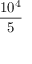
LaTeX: \frac { 1 0 ^ { 4 } } { 5 }